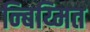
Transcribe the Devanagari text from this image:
न्बिय्मित